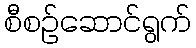
စီစဉ်ဆောင်ရွက်